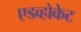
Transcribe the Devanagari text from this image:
एडव्होकेट